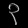
Digit: ၃